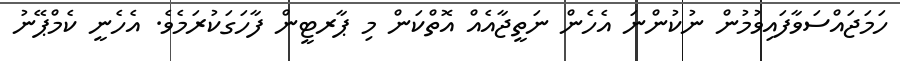
ހަމަޖައްސަވާފައިވުމުން ނުކުންނަ އެހެން ނަތީޖާއެއް އޮތްކަން މި ޕާރޓީން ފާހަގަކުރަމެވެ. އެހެނީ ކެމްޕޭނު